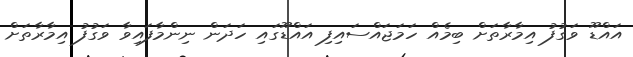
އައްޑޫ ވަގުފު އިމާރާތަށް ބިމެއް ހަމަޖައްސައިފި އައްޑޫގައި ހަދަން ނިންމާފައިވާ ވަގުފު އިމާރާތަށް